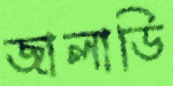
জালাডি